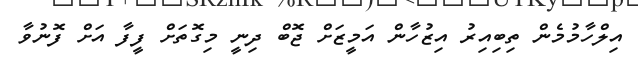
އިލްހާމުމެން ތިބިއިރު އިޒުހާން އަމީޒަށް ޖޮބް ދިނީ މިގޮތަށް ފީފާ އަށް ފޮނުވާ